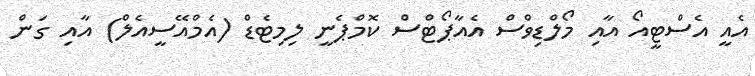
އެއީ އެސްޓީއޯ އާއި މޯލްޑިވްސް އެއާޕޯޓްސް ކޮމްޕެނީ ލިމިޓެޑް (އެމްއޭސީއެލް) އާއި ގަން